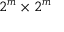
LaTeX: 2 ^ { m } \times 2 ^ { m }